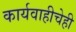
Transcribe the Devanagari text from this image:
कार्यवाहीचेही